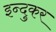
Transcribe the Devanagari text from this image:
इन्दुकर